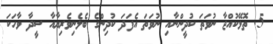
5. ތޮޅޭކުއްޖާ ނުވަތަ ކުދީންނާއި ނުވަތަ އެފަދަ ކުދިންގެ ބެލެނިވެރިޔާއާ ސީދާ ވާހަކަ